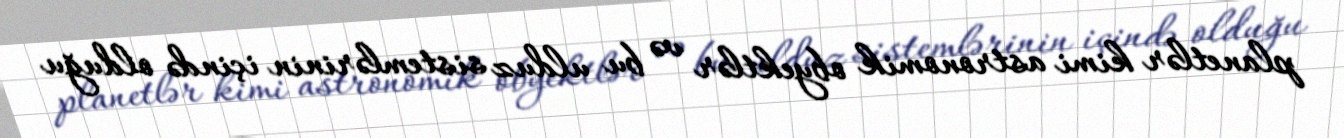
planetlər kimi astronomik obyektlər və bu ulduz sistemlərinin içində olduğu